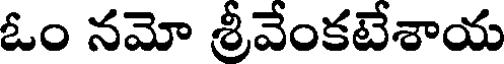
ఓం నమో శ్రీవేంకటేశాయ